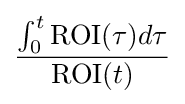
{{\int _{0}^{t}\mathrm {ROI} (\tau )d\tau } \over \mathrm {ROI} (t)}